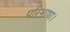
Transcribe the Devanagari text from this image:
परिभाषा।